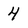
Character: 4